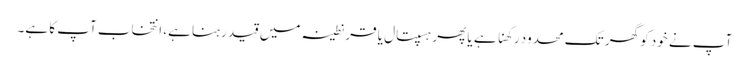
آپ نے خود کو گھر تک محدود رکھنا ہے یا پھر ہسپتال یا قرنطینہ میں قید رہنا ہے، انتخاب آپ کا ہے۔